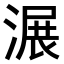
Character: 𣺹